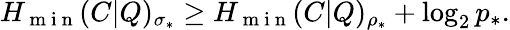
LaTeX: H_{\mathrm{~m~i~n~}}(C|Q)_{\sigma_{\ast}}\geq H_{\mathrm{~m~i~n~}}(C|Q)_{\rho_{\ast}}+\log_{2}p_{\ast}.